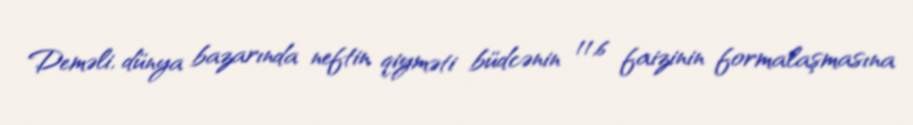
Deməli, dünya bazarında neftin qiyməti büdcənin 11,6 faizinin formalaşmasına